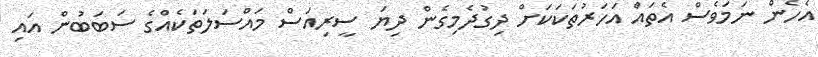
އެހެން ނަމަވެސް އެތައް އަހަރުތަކަކަށް ދިގުދެމިގެން ދިޔަ ސީރިއަސް މައްސަލަތަކެއްގެ ސަބަބުން އައި